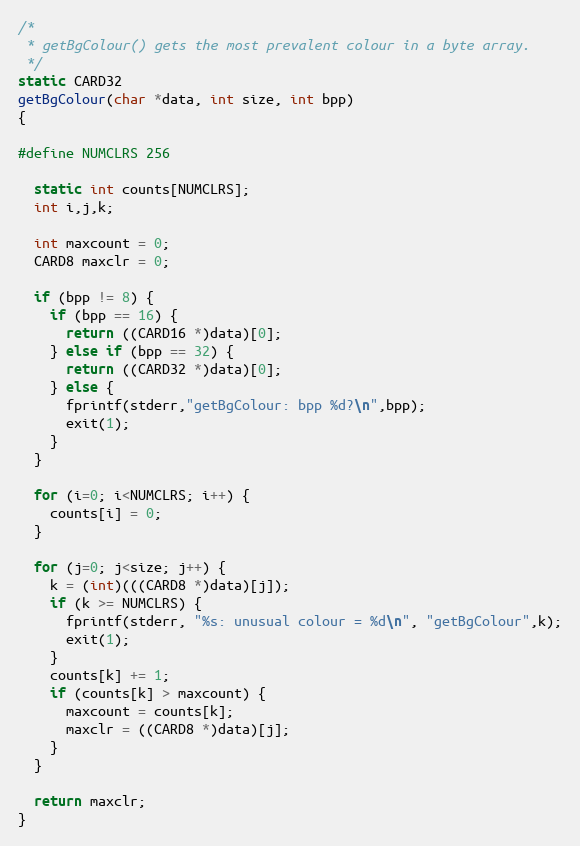
Language: C++
/*
 * getBgColour() gets the most prevalent colour in a byte array.
 */
static CARD32
getBgColour(char *data, int size, int bpp)
{

#define NUMCLRS 256

  static int counts[NUMCLRS];
  int i,j,k;

  int maxcount = 0;
  CARD8 maxclr = 0;

  if (bpp != 8) {
    if (bpp == 16) {
      return ((CARD16 *)data)[0];
    } else if (bpp == 32) {
      return ((CARD32 *)data)[0];
    } else {
      fprintf(stderr,"getBgColour: bpp %d?\n",bpp);
      exit(1);
    }
  }

  for (i=0; i<NUMCLRS; i++) {
    counts[i] = 0;
  }

  for (j=0; j<size; j++) {
    k = (int)(((CARD8 *)data)[j]);
    if (k >= NUMCLRS) {
      fprintf(stderr, "%s: unusual colour = %d\n", "getBgColour",k);
      exit(1);
    }
    counts[k] += 1;
    if (counts[k] > maxcount) {
      maxcount = counts[k];
      maxclr = ((CARD8 *)data)[j];
    }
  }

  return maxclr;
}